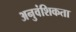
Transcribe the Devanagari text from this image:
अनुवंशिकता